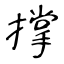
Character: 撑